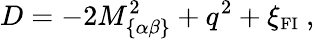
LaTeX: D=-2M_{\{ \alpha\beta\} }^{2}+q^{2}+\xi_{\mathrm{{\small FI}}}~,